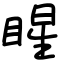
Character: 睲